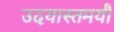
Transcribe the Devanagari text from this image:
उदयास्तमयौ